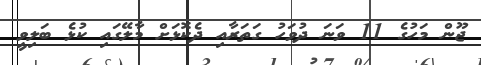
ޖޫން މަހުގެ 11 ވަނަ ދުވަހު ގަތަރާއި ދެކޮޅަށް މާލޭގައި ކުޅެ ބަލިވީ